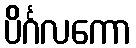
ပိင်္ဂလကော